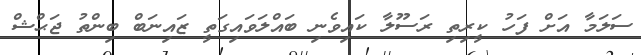
ސަލަމާ އަށް ފަހު ކީރިތި ރަސޫލާ ކައިވެނި ބައްލަވައިގަތީ ޒައިނަބް ބިންތު ޖަޙްޝް